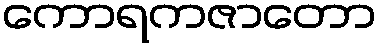
ကောရကဇာတော